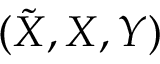
( \tilde { X } , X , Y )